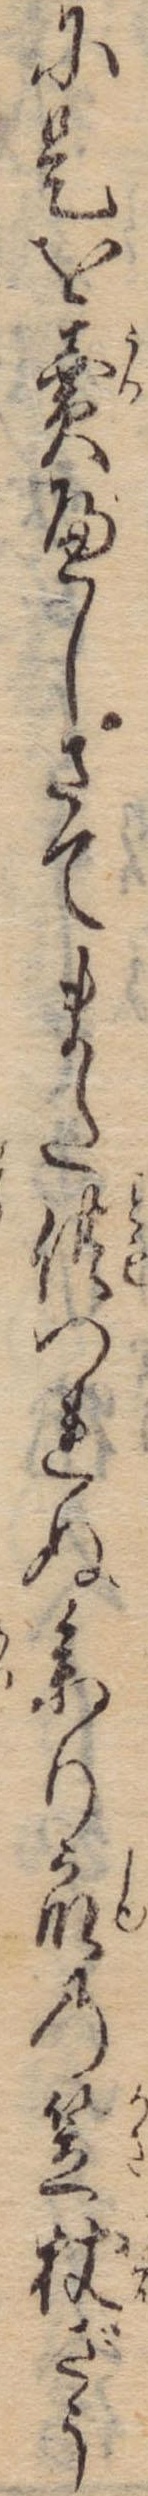
に是を売へしさてまた供つれぬ参り衆の笠杖ざう